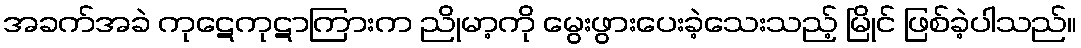
အခက်အခဲ ကုဋေကုဋာကြားက ညိုမာ့ကို မွေးဖွားပေးခဲ့သေးသည့် မြိုင် ဖြစ်ခဲ့ပါသည်။